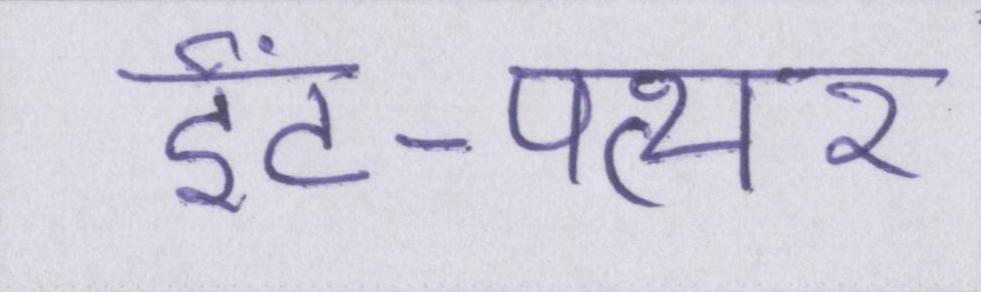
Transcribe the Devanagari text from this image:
ईंट-पत्थर